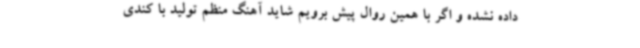
داده نشده و اگر با همین روال پیش برویم شاید آهنگ منظم تولید با کندی